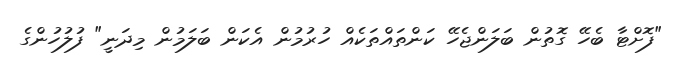
"ފޮށްޓާ ބެހޭ ގޮތުން ބަލަންޖެހޭ ކަންތައްތަކެއް ހުރުމުން އެކަން ބަލަމުން މިދަނީ" ފުލުހުންގެ